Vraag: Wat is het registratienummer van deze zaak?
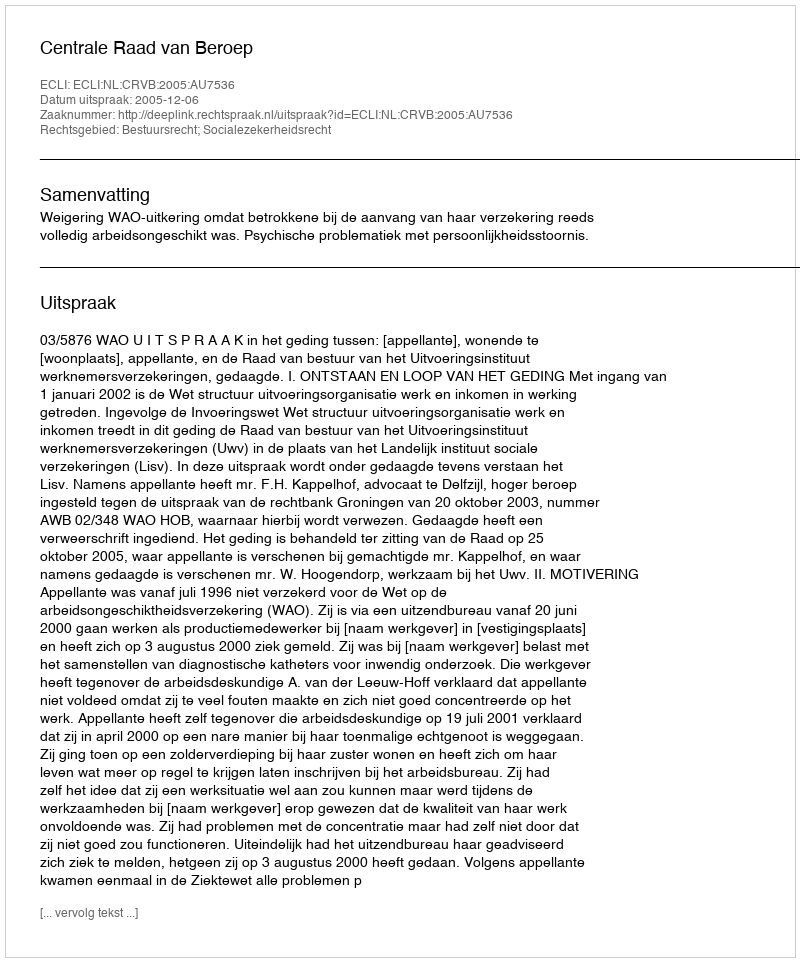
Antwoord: http://deeplink.rechtspraak.nl/uitspraak?id=ECLI:NL:CRVB:2005:AU7536